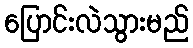
ပြောင်းလဲသွားမည်